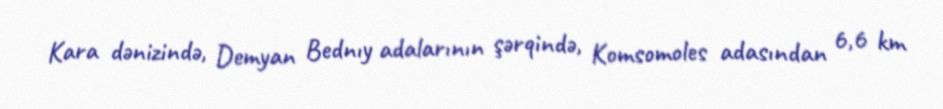
Kara dənizində, Demyan Bednıy adalarının şərqində, Komsomoles adasından 6,6 km